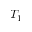
T _ { 1 }